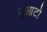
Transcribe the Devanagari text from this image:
डुआटो